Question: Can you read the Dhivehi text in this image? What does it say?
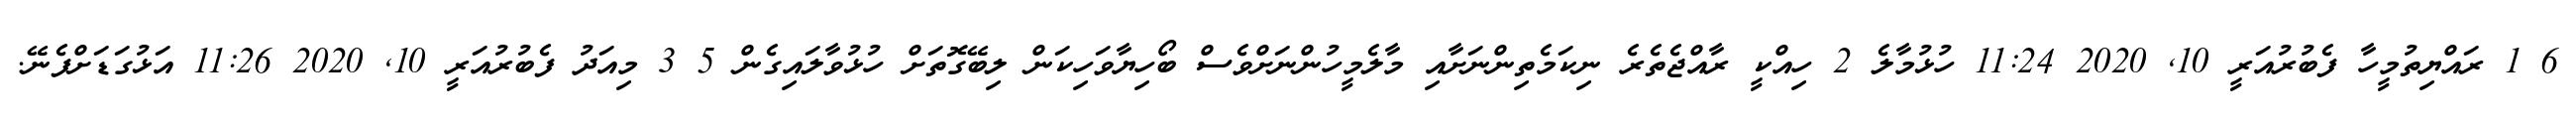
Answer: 6 1 ރައްޔިތުމީހާ ފެބުރުއަރީ 10, 2020 11:24 ހުޅުމާލެ 2 ހިއްކީ ރާއްޖެތެރެ ނިކަމެތިންނަށާއި މާލެމީހުންނަށްވެސް ބޯހިޔާވަހިކަން ލިބޭގޮތަށް ހުޅުވާލައިގެން 5 3 މިއަދު ފެބުރުއަރީ 10, 2020 11:26 އަޅުގަޑަށްފެނޭ.